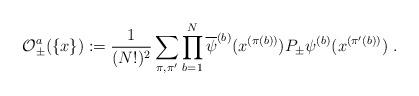
LaTeX: \begin{align*}{\cal O}_\pm^a( \{x\} ) := \frac{1}{(N!)^2}\sum_{\pi,\pi^\prime}\prod_{b=1}^{N}\overline{\psi}^{(b)}(x^{(\pi(b))})P_\pm \psi^{(b)}(x^{(\pi^\prime(b))}) \; .\end{align*}